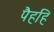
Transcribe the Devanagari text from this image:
पैहहि